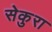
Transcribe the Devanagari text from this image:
सेकुरा